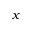
x